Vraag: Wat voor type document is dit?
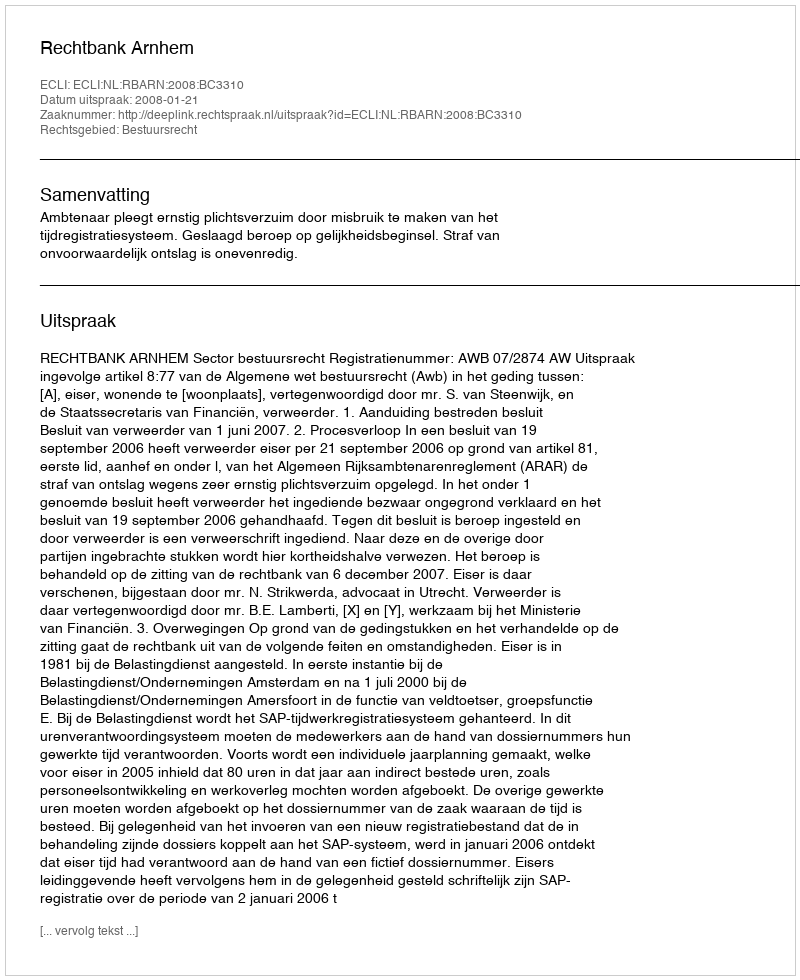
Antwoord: Uitspraak